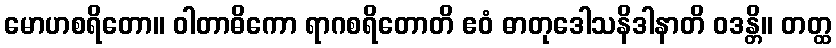
မောဟစရိတော။ ဝါတာဓိကော ရာဂစရိတောတိ ဧဝံ ဓာတုဒေါသနိဒါနာတိ ဝဒန္တိ။ တတ္ထ